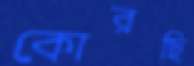
কোরছি